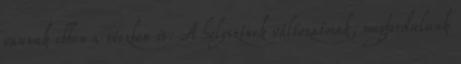
vannak ebben a részben is. A helyszínek változatosak, megfordulunk